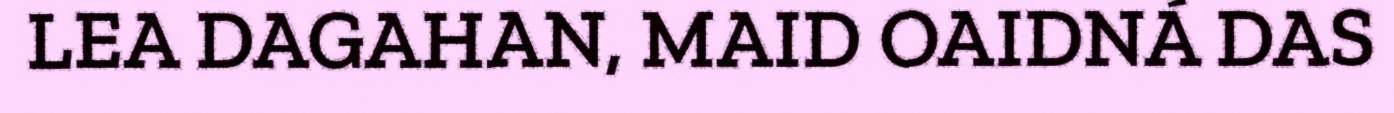
LEA DAGAHAN, MAID OAIDNÁ DAS